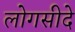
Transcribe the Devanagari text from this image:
लोगसीदे